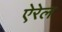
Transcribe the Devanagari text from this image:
ऐरेल